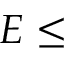
E \leq